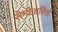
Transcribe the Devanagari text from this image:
सेमीनारियों